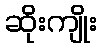
ဆိုးကျိုး